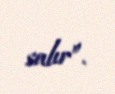
salır”.